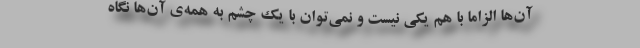
آن‌ها الزاما با هم یکی نیست و نمی‌توان با یک چشم به همه‌ی آن‌ها نگاه